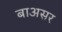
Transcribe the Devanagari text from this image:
बाअसर